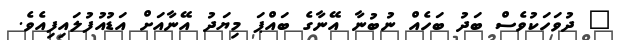
" ދުވަހަކުވެސް ބަދު ބަހެއް ނުބުނާ އޭނާގެ ބައްޕަ މިޔަދު އޭނާއަށް އަޑުއުފުލައިފިއެވެ.